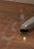
في